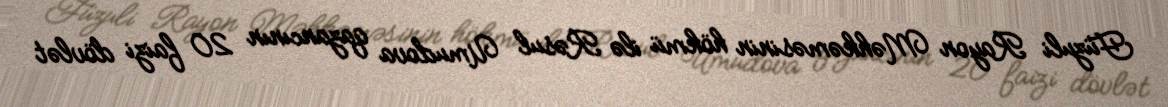
Füzuli Rayon Məhkəməsinin hökmü ilə Rəsul Umudova qazancının 20 faizi dövlət